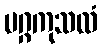
မဂ္ဂကုသလံ